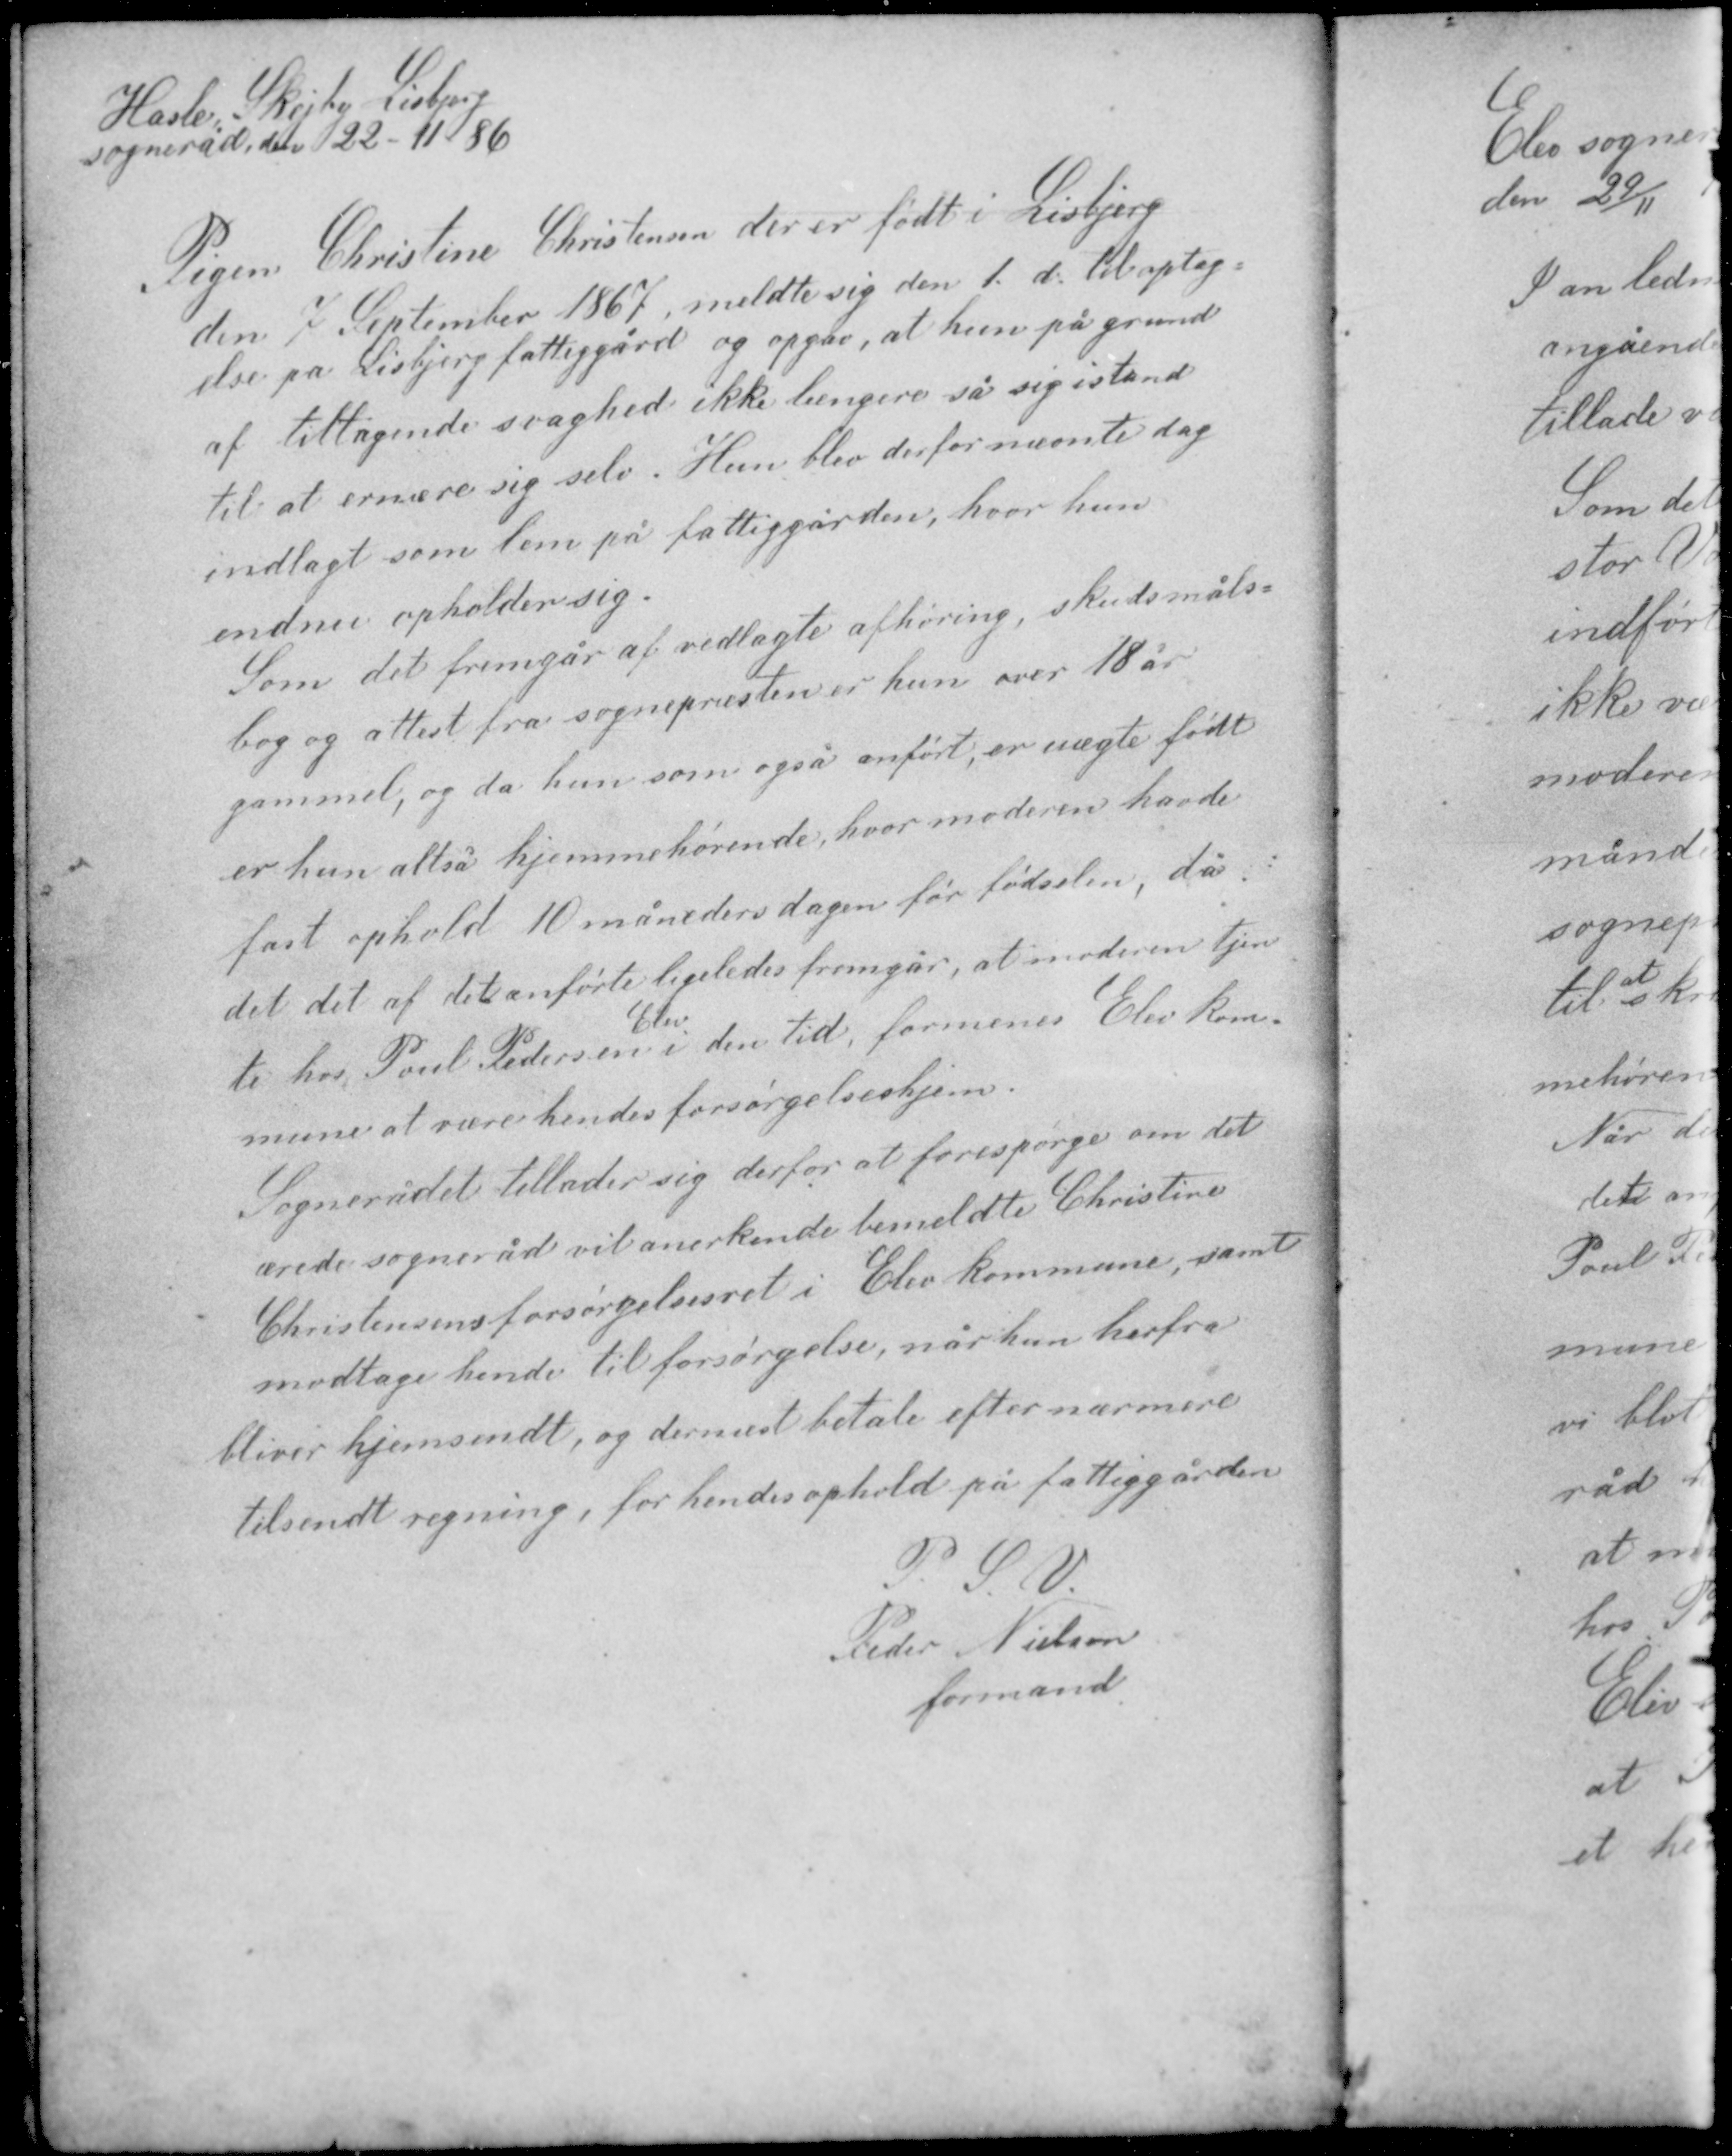
Transskription:
Hasle - Skejby - Lisbjerg
sogneråd, den 22-11-86

Pigen Christine Christensen der er født i Lisbjerg
den 7 September 1867, meldte sig den 1 d. til optag-
else på Lisbjerg fattiggård og opgav, at hun på grund
af tiltagende svaghed ikke længere så sig istand
til at ernære sig selv. Hun blev derfor nævnte dag
indlagt som lam på fattiggården, hvor hun
endnu opholder sig.

Som det fremgår af vedlagte afhøring, skudsmåls-
bog og attest fra sognepræsten er hun over 18 år
gammel, og da hun som også anført, er uægte født
er hun altså hjemmehørende hvor moderen havde
fast ophold 10 måneders dagen før fødsel, da
det det af det anførte ligeledes fremgår, at moderen tjen-
Elev
te hos Poul Pedersen i den tid formenes Elev kom-
mune at være hendes forsørgelseshjem.

Sognerådet tillader sig derfor at forespørge om det
ærede sogneråd vil anerkende bemeldte Christine
Christensens forsørgelsesret i Elev kommune, samt
modtage hende til forsørgelse, når hun herfra
bliver hjemsendt, og dernæst betale efter nærmere
tilsendt regning, for hendes ophold på fattiggården.

P. S. V.
Peder Nielsen
formand